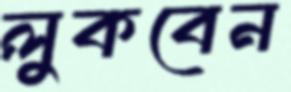
লুকবেন